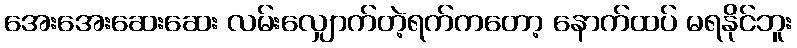
အေးအေးဆေးဆေး လမ်းလျှောက်တဲ့ရက်ကတော့ နောက်ထပ် မရနိုင်ဘူး